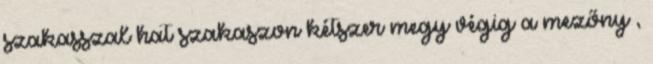
szakasszal hat szakaszon kétszer megy végig a mezőny ,